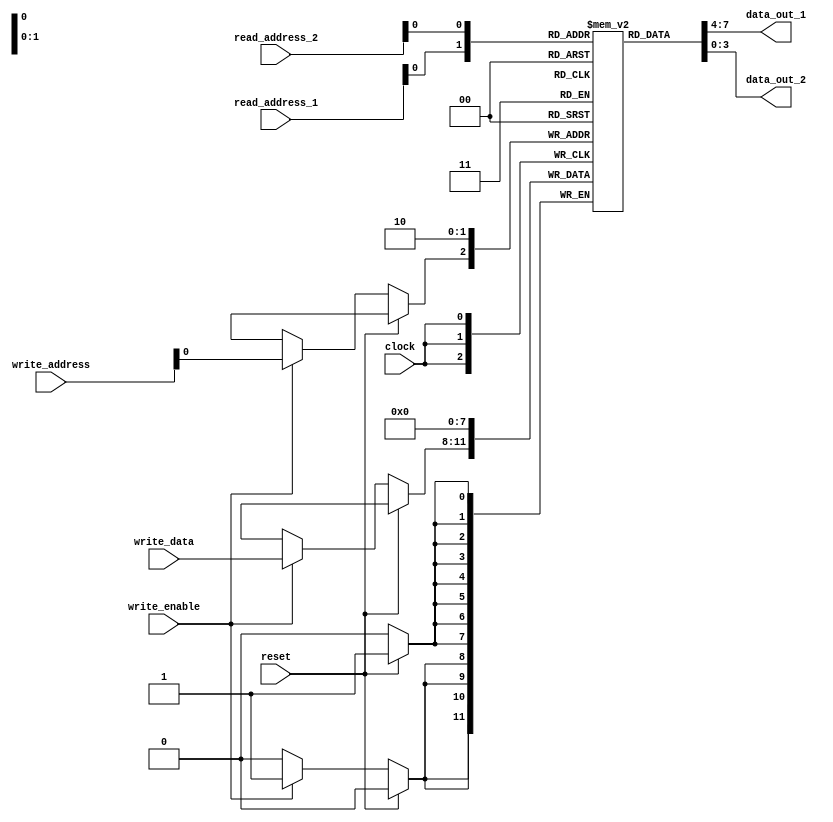
module register_file(
    input wire clock,
    input wire reset,
    input wire [1:0] read_address_1, read_address_2,
    input wire write_enable,
    input wire [1:0] write_address,
    input wire [3:0] write_data,
    output reg [3:0] data_out_1, data_out_2
);

    reg [3:0] registers [1:0];

    always @(posedge clock) begin
        if (reset) begin
            registers[0] <= 0;
            registers[1] <= 0;
        end else begin
            if (write_enable) begin
                registers[write_address] <= write_data;
            end
        end
    end

    assign data_out_1 = registers[read_address_1];
    assign data_out_2 = registers[read_address_2];

endmodule